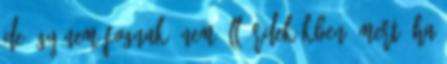
De így nem fognak, nem áll érdekükben, mert, ha